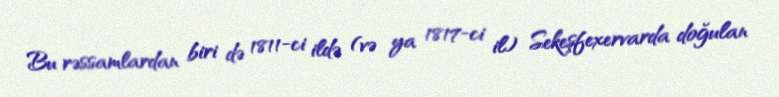
Bu rəssamlardan biri də 1811-ci ildə (və ya 1817-ci il) Sekeşfexervarda doğulan